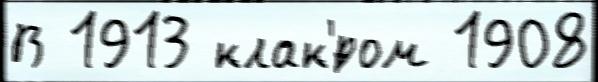
В 1913 клак'́ром 1908